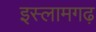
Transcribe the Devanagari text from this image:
इस्लामगढ़